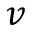
v